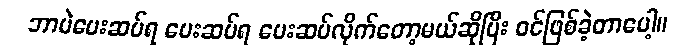
ဘာပဲပေးဆပ်ရ ပေးဆပ်ရ ပေးဆပ်လိုက်တော့မယ်ဆိုပြီး ဝင်ဖြစ်ခဲ့တာပေါ့။